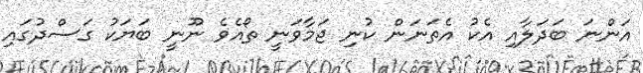
އަންނަ ބަދަލާއި އެކު އެތަނަން ކުނި ޖަމާވަނީ ތޯއެވެ ނޫނީ ބަޔަކު ގަސްދުގައި